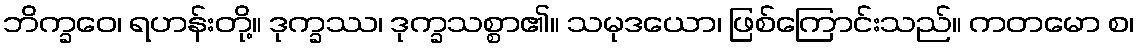
ဘိက္ခဝေ၊ ရဟန်းတို့။ ဒုက္ခဿ၊ ဒုက္ခသစ္စာ၏။ သမုဒယော၊ ဖြစ်ကြောင်းသည်။ ကတမော စ၊